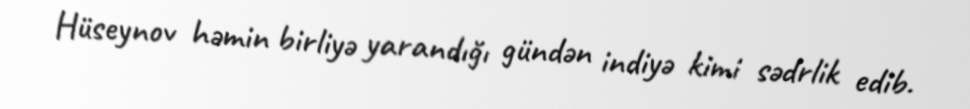
Hüseynov həmin birliyə yarandığı gündən indiyə kimi sədrlik edib.